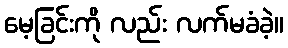
မေ့ခြင်းကို လည်း လက်မခံခဲ့။